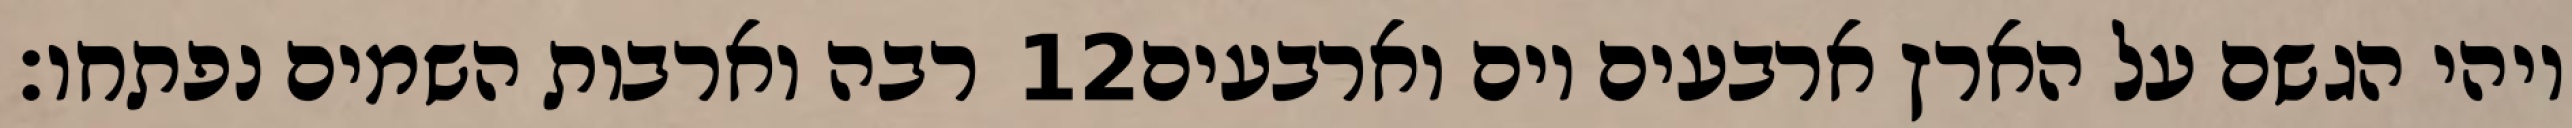
רבה וארבות השמים נפתחו׃ ‎12‏ ויהי הגשם על הארץ ארבעים יום וארבעים